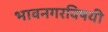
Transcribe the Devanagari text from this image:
भावनगरविषयी